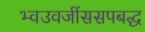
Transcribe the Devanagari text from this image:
भ्वउवजींससपबद्ध